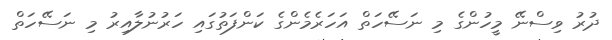
ދުރު ވިސްނޭ މީހުންގެ މި ނަސޭހަތް އަހަރެމެންގެ ކަންފަތުގައި ހަރުނުލާއިރު މި ނަސޭހަތް